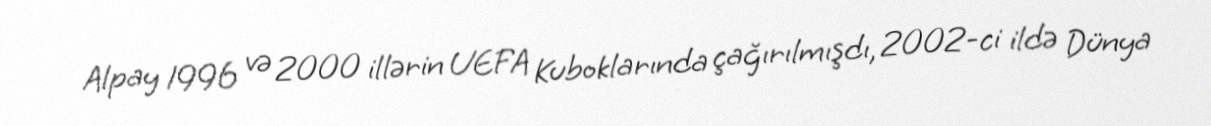
Alpay 1996 və 2000 illərin UEFA Kuboklarında çağırılmışdı, 2002-ci ildə Dünya